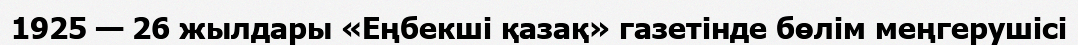
1925 — 26 жылдары «Еңбекші қазақ» газетінде бөлім меңгерушісі